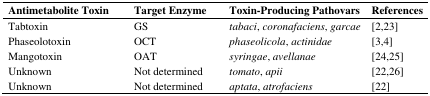
| Antimetabolite Toxin | Target Enzyme | Toxin-Producing Pathovars | References |
 | --- | --- | --- | --- |
 | Tabtoxin | GS | tabaci, coronafaciens, garcae | [2,23] |
 | Phaseolotoxin | OCT | phaseolicola, actinidae | [3,4] |
 | Mangotoxin | OAT | syringae, avellanae | [24,25] |
 | Unknown | Not determined | tomato, apii | [22,26] |
 | Unknown | Not determined | aptata, atrofaciens | [22] |